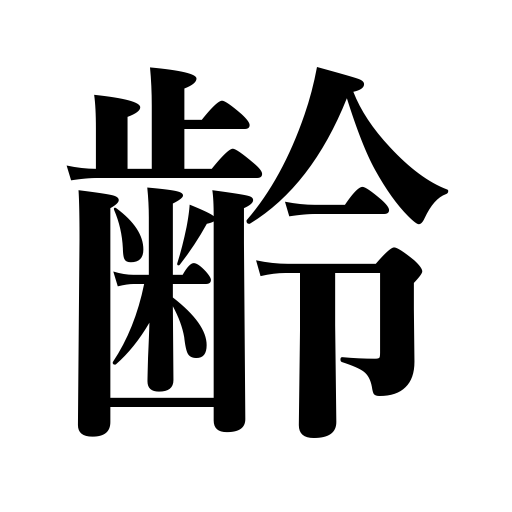
Meanings: age